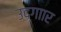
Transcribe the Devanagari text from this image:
उद्गाार